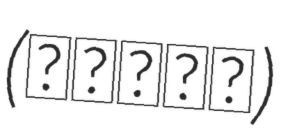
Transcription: (한림대학교)